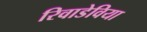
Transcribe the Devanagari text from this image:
रिवाडेविया